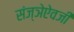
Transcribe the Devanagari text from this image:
संज्ञेऐवजी